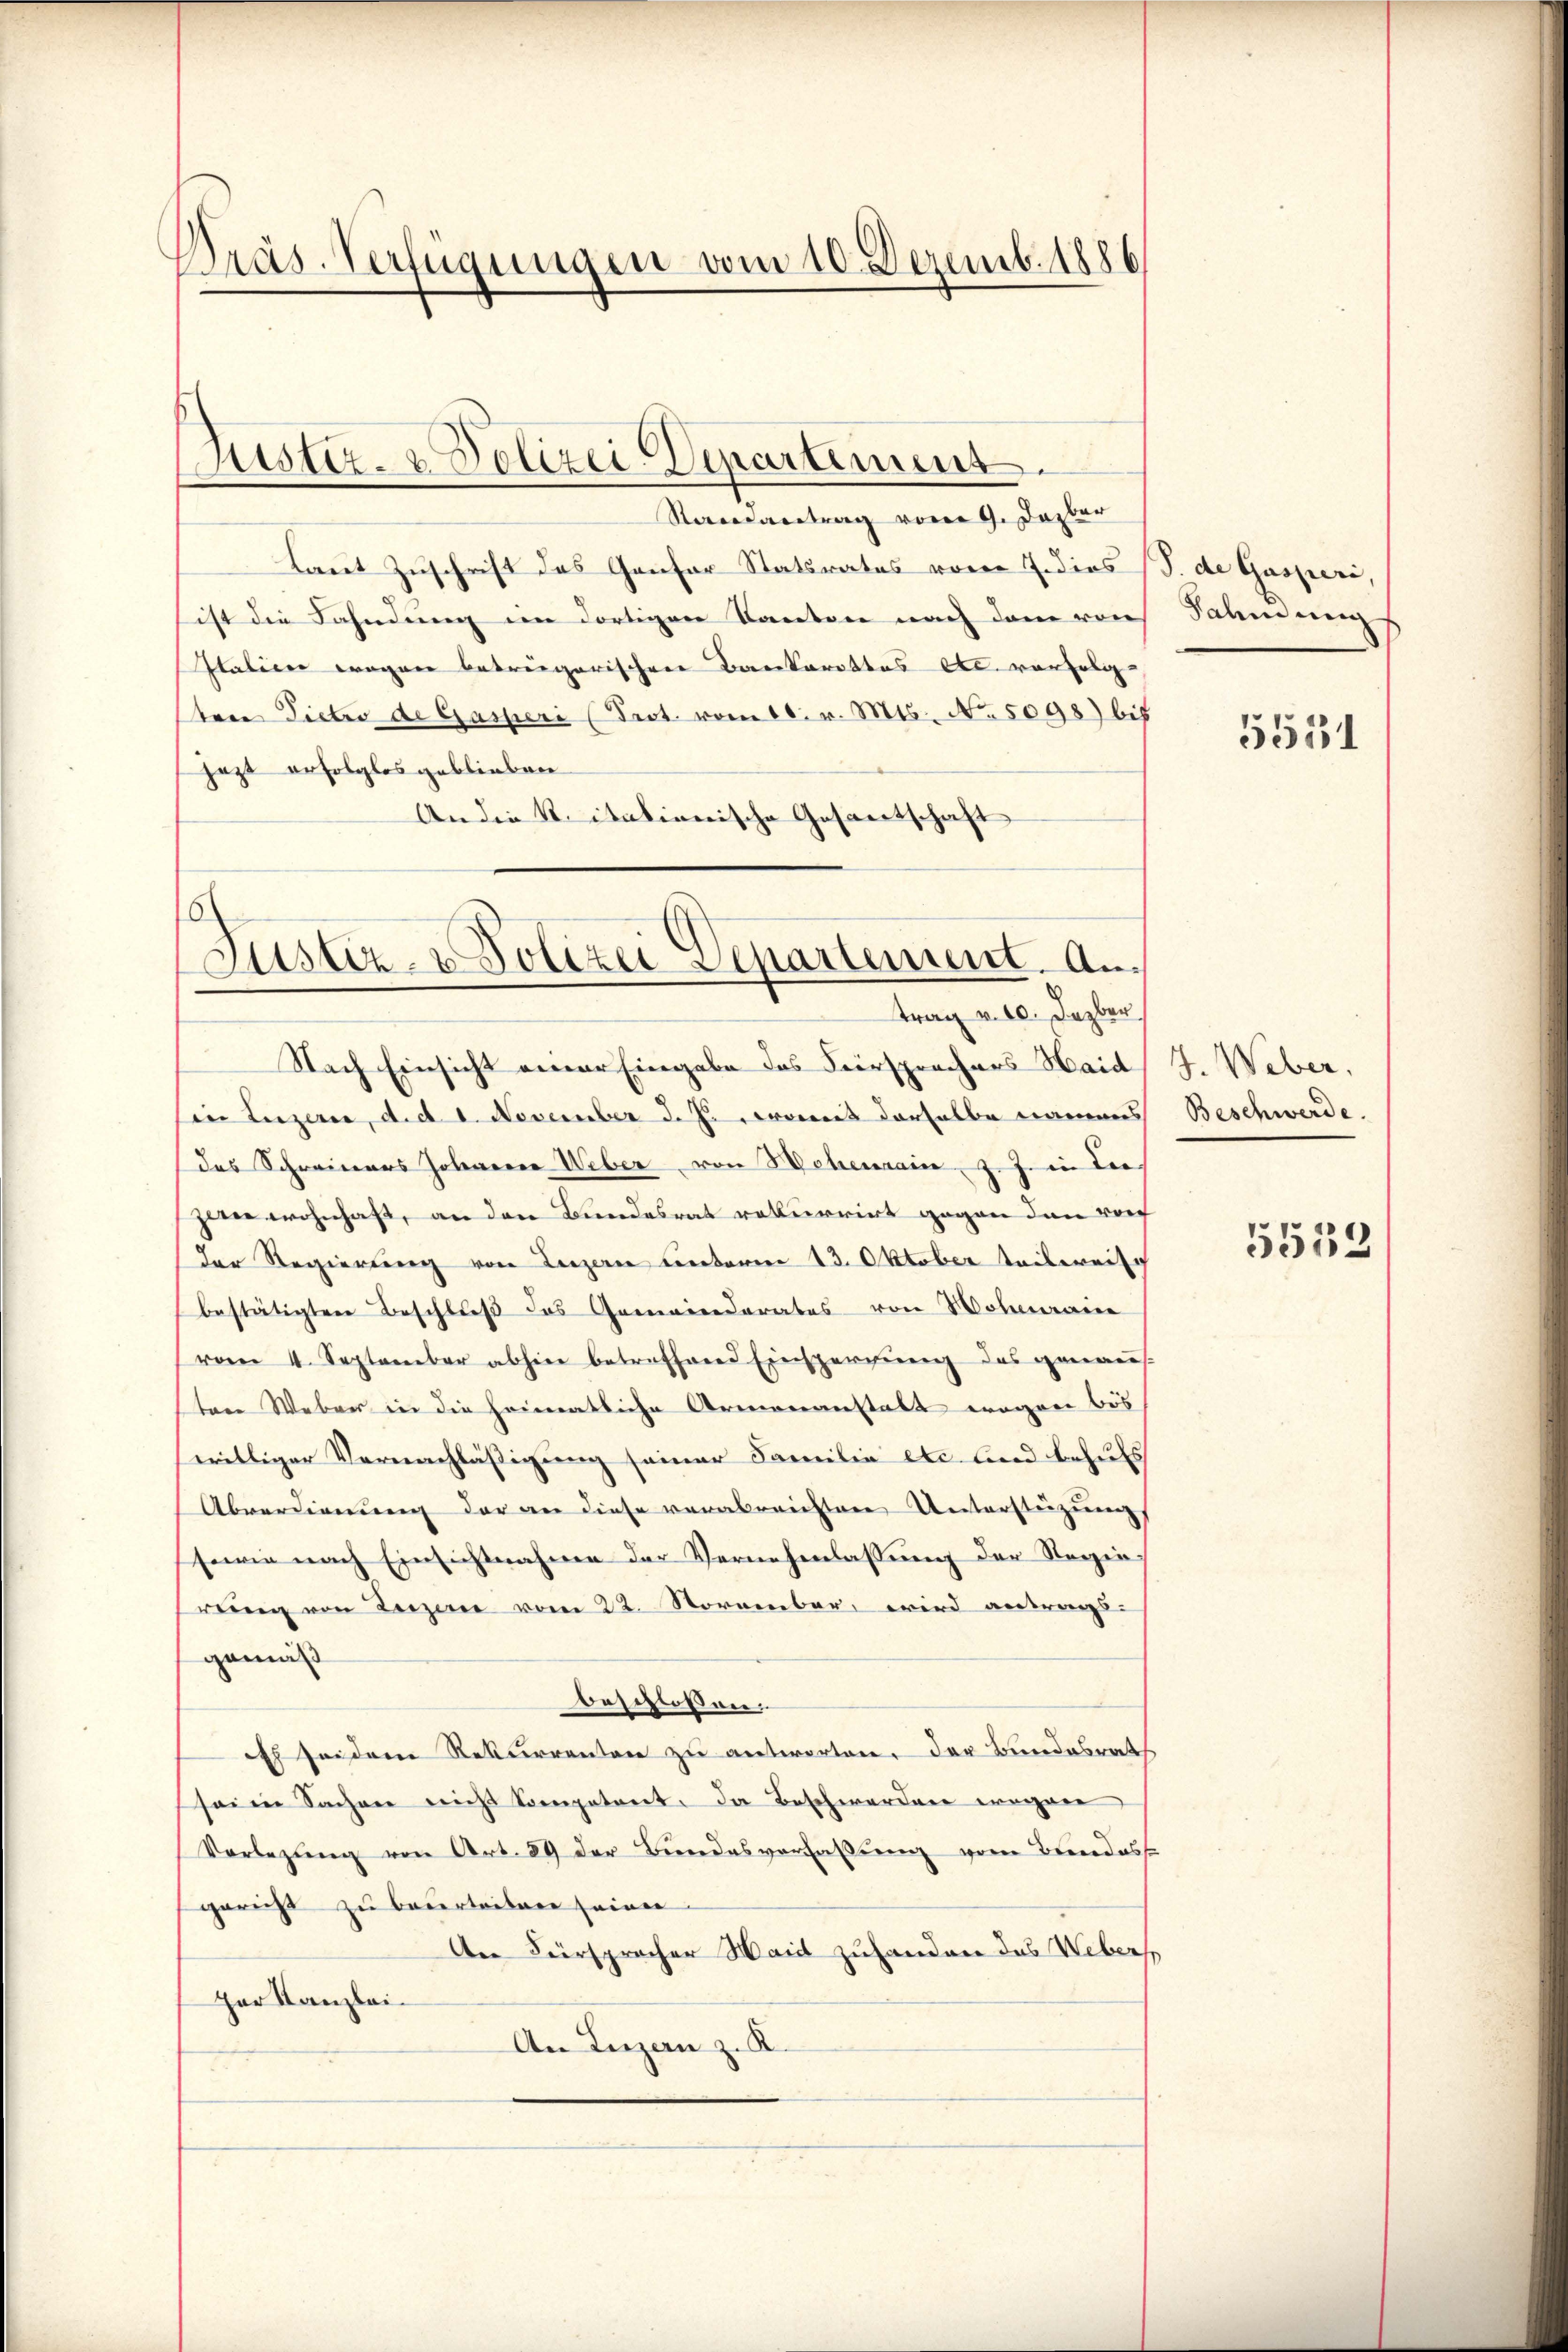
Pras-Verfügungen vom 10. Dezemb. 1886

Justiz- & Polizei Departemens.
Randantrag vom 9. Dazber

Laut Zuschrift des Gansor Statsrates vom 7. dies (S. de Gasperi,
ist die Fahndung im dortigen Kanton nach dem raus Sahndung
Italien wegen beträgerischen Bankarottos etc. vorfolge |
tere Pieter de Gasperi (Prot. vom 16. v. Mts. No. 5098) bis
jezt erfolglos geblieben
An die K. itationische Gesantschaft

6
s
Justiz- & Polizei Departement. Antrag v. 10. Dezbr.

Nach Einsicht einer Eingabe des Fürsprechers Haid
Ein Luzern, d. d. 1. November d. J., womit derselbe namens
das Schreiners Johanne Ueber von Hohenrain, z. Z. in Leehere wohnhaft, an den Bundesrat rekurrirt gegen dann vor
der Regierung von Luzern unterm 13. Oktober teilerrisch
bestätigten Beschluß das Gemeinderates von Wohmaire
vom 4. September abhin betreffend Einsperrŭng des genaŭs-
sten Weber in die heimatliche Armenanstalt wegen bös
williger Vernachlässigung seiner Familie etc lied behufs
Abverdienung der an diese verabreichtere Unterstüzungs
sowie nach Einsichtnahme der Vernehmlassung der Regierung von Luzerne vom 22. November wird antrags-
gemäß
beschlossen,
th sei dem Rekurrenten zu antworten, der Bundesrath
sei in Sacher nicht Competreit, da Beschwerden wegen
Vorlegung von Art. 89 der Bundesverfassung vom Bundesse
gericht zu beurteiten seien.
Der Fürspracher Haid zuhanden das Weberst
Her Kanzlei-
An Luzern z. K.

5531

J. Weber.
Beschwerde.

5552